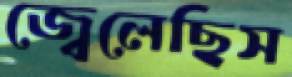
জ্বেলেছিস